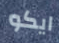
ايكو